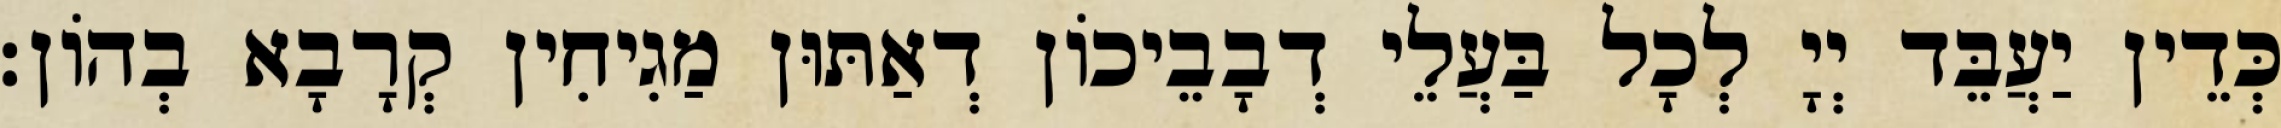
כְּדֵין יַעֲבֵּד יְיָ לְכָל בַּעֲלֵי דְבָבֵיכוֹן דְאַתּוּן מַגִיחִין קְרָבָא בְהוֹן׃